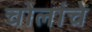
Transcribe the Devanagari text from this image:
चोलांचे